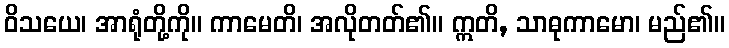
ဝိသယေ၊ အာရုံတို့ကို။ ကာမေတိ၊ အလိုတတ်၏။ ဣတိ, သာဓုကာမော၊ မည်၏။